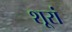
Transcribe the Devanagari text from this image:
शूरां